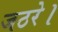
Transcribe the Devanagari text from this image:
जठरे।